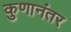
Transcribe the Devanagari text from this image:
कुणानंतर